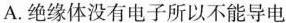
A.绝缘体没有电子所以不能导电